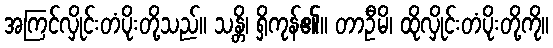
အကြင်လှိုင်းတံပိုးတို့သည်။ သန္တိ၊ ရှိကုန်၏။ တာဦမိ၊ ထိုလှိုင်းတံပိုးတို့ကို။